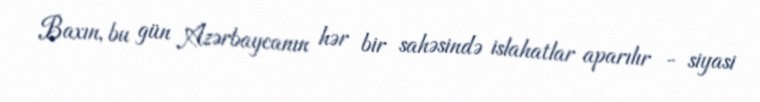
Baxın, bu gün Azərbaycanın hər bir sahəsində islahatlar aparılır - siyasi